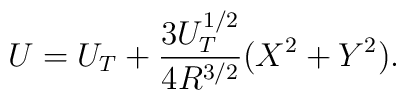
U=U_T+\frac{3U_T^{1/2}}{4R^{3/2}}(X^2+Y^2).